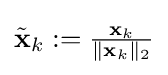
{\textstyle {\tilde {\mathbf {x} }}_{k}:={\frac {\mathbf {x} _{k}}{\|\mathbf {x} _{k}\|_{2}}}}